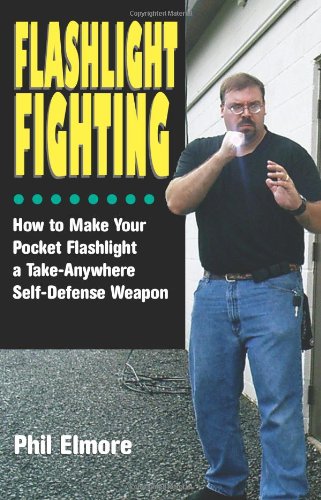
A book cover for Flashlight Fighting: How to Make Your Pocket Flashlight a Take-Anywhere Self-Defense Weapon; Phil Elmore; Crafts, Hobbies & Home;